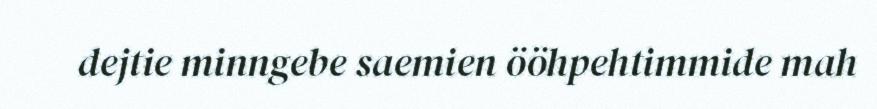
dejtie minngebe saemien ööhpehtimmide mah